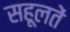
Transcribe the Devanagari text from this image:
सहूलतें